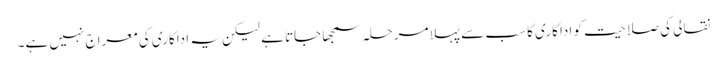
نقالی کی صلاحیت کو اداکاری کا سب سے پہلا مرحلہ سمجھا جاتا ہے لیکن یہ اداکاری کی معراج نہیں ہے۔